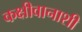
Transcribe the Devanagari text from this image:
कक्षीवानाशी